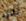
نحن